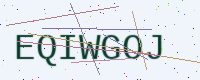
Text: EQIWGOJ